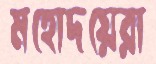
মহোদয়েরা